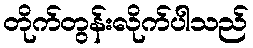
တိုက်တွန်းလိုက်ပါသည်